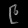
Digit: ၉